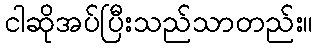
ငါဆိုအပ်ပြီးသည်သာတည်း။